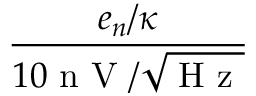
\frac { e _ { n } / \kappa } { 1 0 \textrm { n V } / \sqrt { \textrm { H z } } }